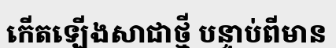
កើតឡើងសាជាថ្មី បន្ទាប់ពីមាន